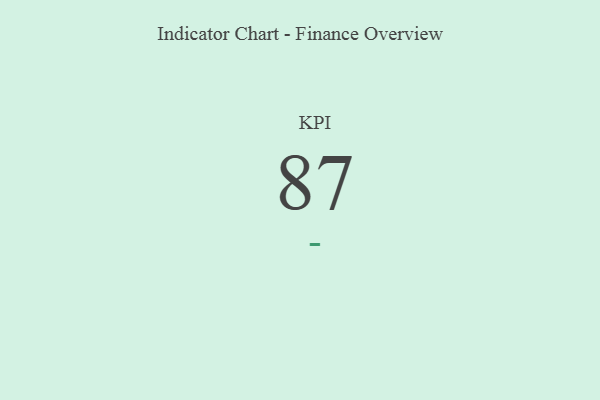
{"axis": {"x": "KPI", "y": "Value"}, "legend": [""], "data": [{"x": "KPI", "y": 87, "type": ""}]}